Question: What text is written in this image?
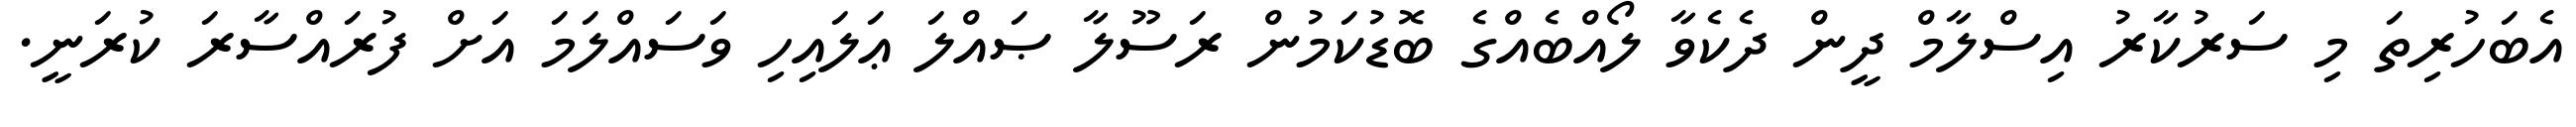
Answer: އެބަހުރިތަ މި ސަރުކާރު އިސްލާމް ދީން ދެކެވާ ލޯއްބެއްގެ ބޮޑުކަމުން ރަސޫލާ ޞައްލަ ޢަލައިހި ވަސައްލަމަ އަށް ފުރައްސާރަ ކުރަނީ.